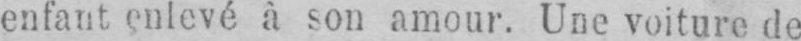
enfant, enlevé à son amour. Une voiture de